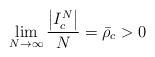
LaTeX: \begin{align*}\lim_{N\rightarrow\infty}\frac{\left|I_{c}^{N}\right|}{N}=\bar{\rho}_{c}>0\end{align*}